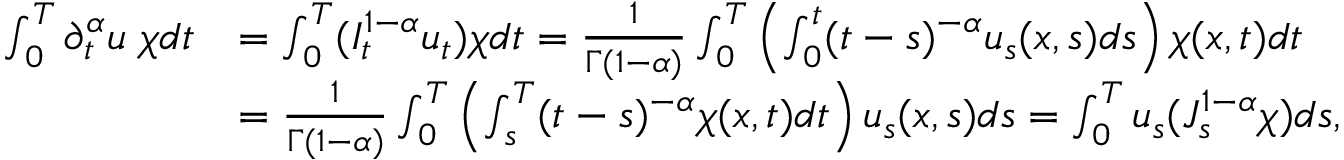
\begin{array} { r l } { \int _ { 0 } ^ { T } \partial _ { t } ^ { \alpha } u \; \chi d t } & { = \int _ { 0 } ^ { T } ( I _ { t } ^ { 1 - \alpha } u _ { t } ) \chi d t = \frac { 1 } { \Gamma ( 1 - \alpha ) } \int _ { 0 } ^ { T } \left( \int _ { 0 } ^ { t } ( t - s ) ^ { - \alpha } u _ { s } ( x , s ) d s \right) \chi ( x , t ) d t } \\ & { = \frac { 1 } { \Gamma ( 1 - \alpha ) } \int _ { 0 } ^ { T } \left( \int _ { s } ^ { T } ( t - s ) ^ { - \alpha } \chi ( x , t ) d t \right) u _ { s } ( x , s ) d s = \int _ { 0 } ^ { T } u _ { s } ( J _ { s } ^ { 1 - \alpha } \chi ) d s , } \end{array}